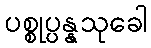
ပစ္စုပ္ပန္နသုခေါ